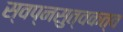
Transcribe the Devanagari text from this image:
स्वप्नसुत्वकत्व